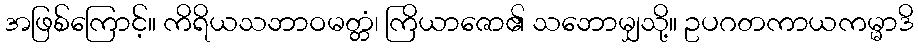
အဖြစ်ကြောင့်။ ကိရိယသဘာဝမတ္တံ၊ ကြိယာဇော၏ သဘောမျှသို့။ ဥပဂတကာယကမ္မာဒိ